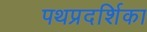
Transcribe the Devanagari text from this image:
पथप्रदर्शिका